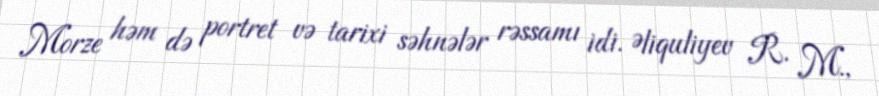
Morze həm də portret və tarixi səhnələr rəssamı idi. Əliquliyev R. M.,